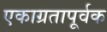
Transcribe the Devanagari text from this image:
एकाग्रतापूर्वक